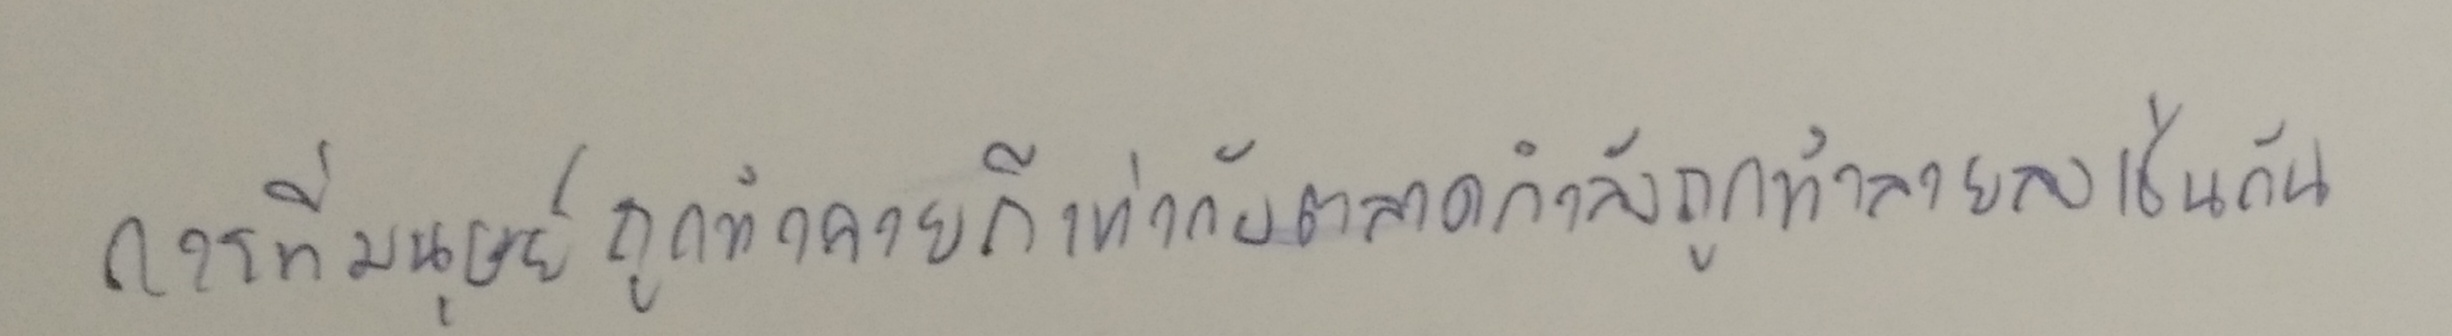
การที่มนุษย์ถูกทำลายก็เท่ากับตลาดกำลังถูกทำลายลงเช่นกัน